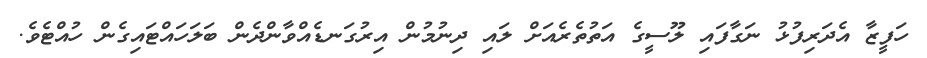
ހަފީޒާ އެދަރިފުޅު ނަގާފައި ލޫސީގެ އަތުތެރެއަށް ލައި ދިނުމުން އިރުގަނޑެއްވާންދެން ބަލަހައްޓައިގެން ހުއްޓެވެ.